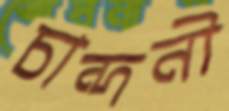
চান্দনী